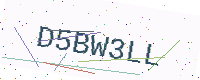
Text: D5BW3LL